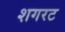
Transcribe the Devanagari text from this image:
शगरट